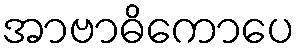
အာဗာဓိကောပေ